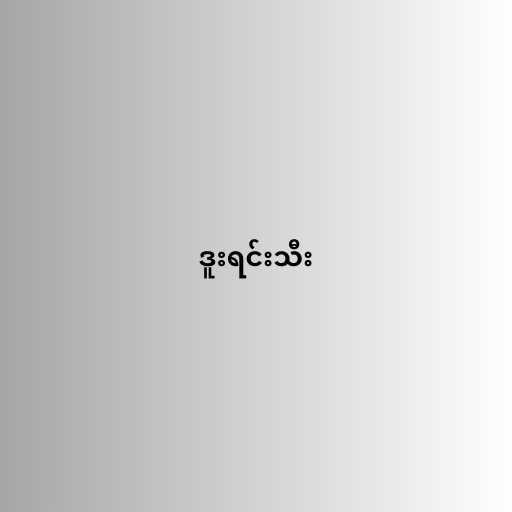
ဒူးရင်းသီး